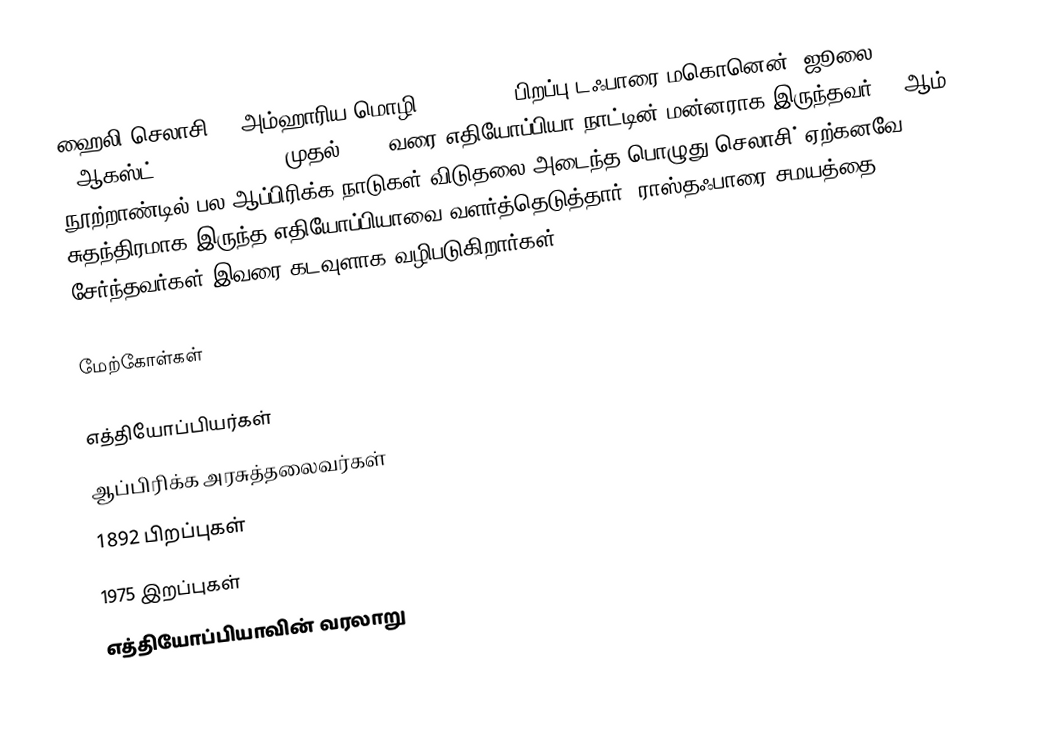
ஹைலி செலாசி I (அம்ஹாரிய மொழி: ኃይለ፡ ሥላሴ, பிறப்பு டஃபாரை மகொனென், ஜூலை 23, 1892 - ஆகஸ்ட் 27, 1975) 1930 முதல் 1974 வரை எதியோப்பியா நாட்டின் மன்னராக இருந்தவர். 20ஆம் நூற்றாண்டில் பல ஆப்பிரிக்க நாடுகள் விடுதலை அடைந்த பொழுது செலாசி் ஏற்கனவே சுதந்திரமாக இருந்த எதியோப்பியாவை வளர்த்தெடுத்தார். ராஸ்தஃபாரை சமயத்தை சேர்ந்தவர்கள் இவரை கடவுளாக வழிபடுகிறார்கள்.

மேற்கோள்கள்

எத்தியோப்பியர்கள்
ஆப்பிரிக்க அரசுத்தலைவர்கள்
1892 பிறப்புகள்
1975 இறப்புகள்
எத்தியோப்பியாவின் வரலாறு